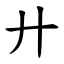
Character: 廾